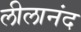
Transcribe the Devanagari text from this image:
लीलानंद